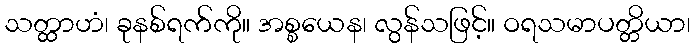
သတ္ထာဟံ၊ ခုနစ်ရက်ကို။ အစ္စယေန၊ လွန်သဖြင့်။ ဝရသမာပတ္တိယာ၊